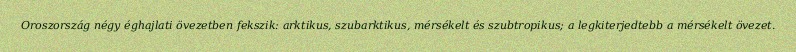
Oroszország négy éghajlati övezetben fekszik: arktikus, szubarktikus, mérsékelt és szubtropikus; a legkiterjedtebb a mérsékelt övezet.